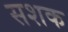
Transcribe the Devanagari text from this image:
सशक